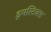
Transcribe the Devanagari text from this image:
ड्रमस्टिक्स